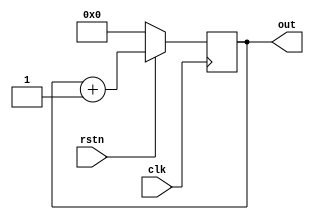
module counter (  input clk,               // Declare input port for clock to allow counter to count up
                  input rstn,              // Declare input port for reset to allow the counter to be reset to 0 when required
                  output reg[3:0] out);    // Declare 4-bit output port to get the counter values

  // This always block will be triggered at the rising edge of clk (0->1)
  // Once inside this block, it checks if the reset is 0, if yes then change out to zero
  // If reset is 1, then design should be allowed to count up, so increment counter
  always @ (posedge clk) begin
    if (! rstn)
      out <= 0;
    else
      out <= out + 1;
  end
endmodule